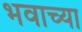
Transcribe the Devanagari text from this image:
भवाच्या